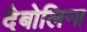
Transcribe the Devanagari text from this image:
देबोलिना